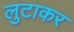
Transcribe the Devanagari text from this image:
लुटाकर